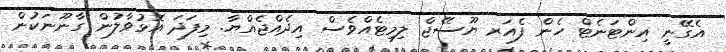
އެގޭނީ އިންޓަނެޓް ހެން ފެއަރ ޔޫސޭޖް ލިމިޓެއްވެސް އިދެއްޖެއްޔާ. މިފަދަ އޮޅުވާލުން ގާނޫނަކުން